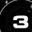
Digit: 3